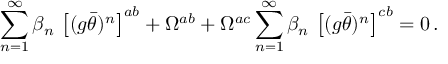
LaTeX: \sum _ { n = 1 } ^ { \infty } \beta _ { n } \, \left[ ( g \bar { \theta } ) ^ { n } \right] ^ { a b } + \Omega ^ { a b } + \Omega ^ { a c } \sum _ { n = 1 } ^ { \infty } \beta _ { n } \, \left[ ( g \bar { \theta } ) ^ { n } \right] ^ { c b } = 0 \, .